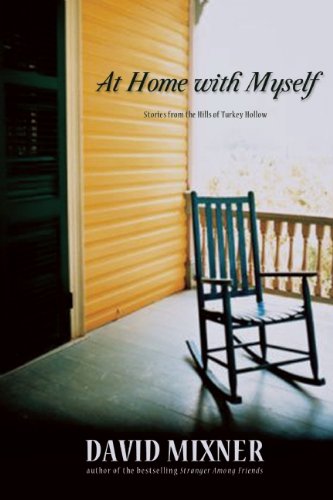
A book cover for At Home with Myself: Stories from the Hills of Turkey Hollow; David Mixner; Gay & Lesbian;